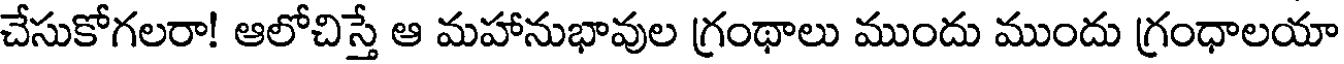
చేసుకోగలరా! ఆలోచిస్తే ఆ మహానుభావుల గ్రంథాలు ముందు ముందు గ్రంధాలయా